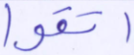
اتقوا